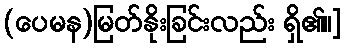
(ပေမန)မြတ်နိုးခြင်းလည်း ရှိ၏။]